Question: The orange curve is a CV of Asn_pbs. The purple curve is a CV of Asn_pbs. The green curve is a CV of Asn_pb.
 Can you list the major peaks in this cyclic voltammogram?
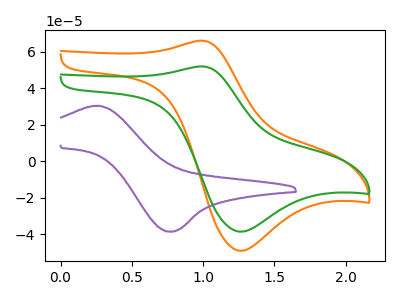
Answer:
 <answer>The orange curve "Asn_pbs" has an anodic peak at (1.00V, 65.95uA) and a cathodic peak at (1.25V, -48.95uA). The purple curve "Asn_pbs" has an anodic peak at (0.25V, 30.35uA) and a cathodic peak at (0.75V, -38.50uA). The green curve "Asn_pb" has an anodic peak at (1.00V, 51.90uA) and a cathodic peak at (1.25V, -38.50uA).</answer>
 <eval></eval>